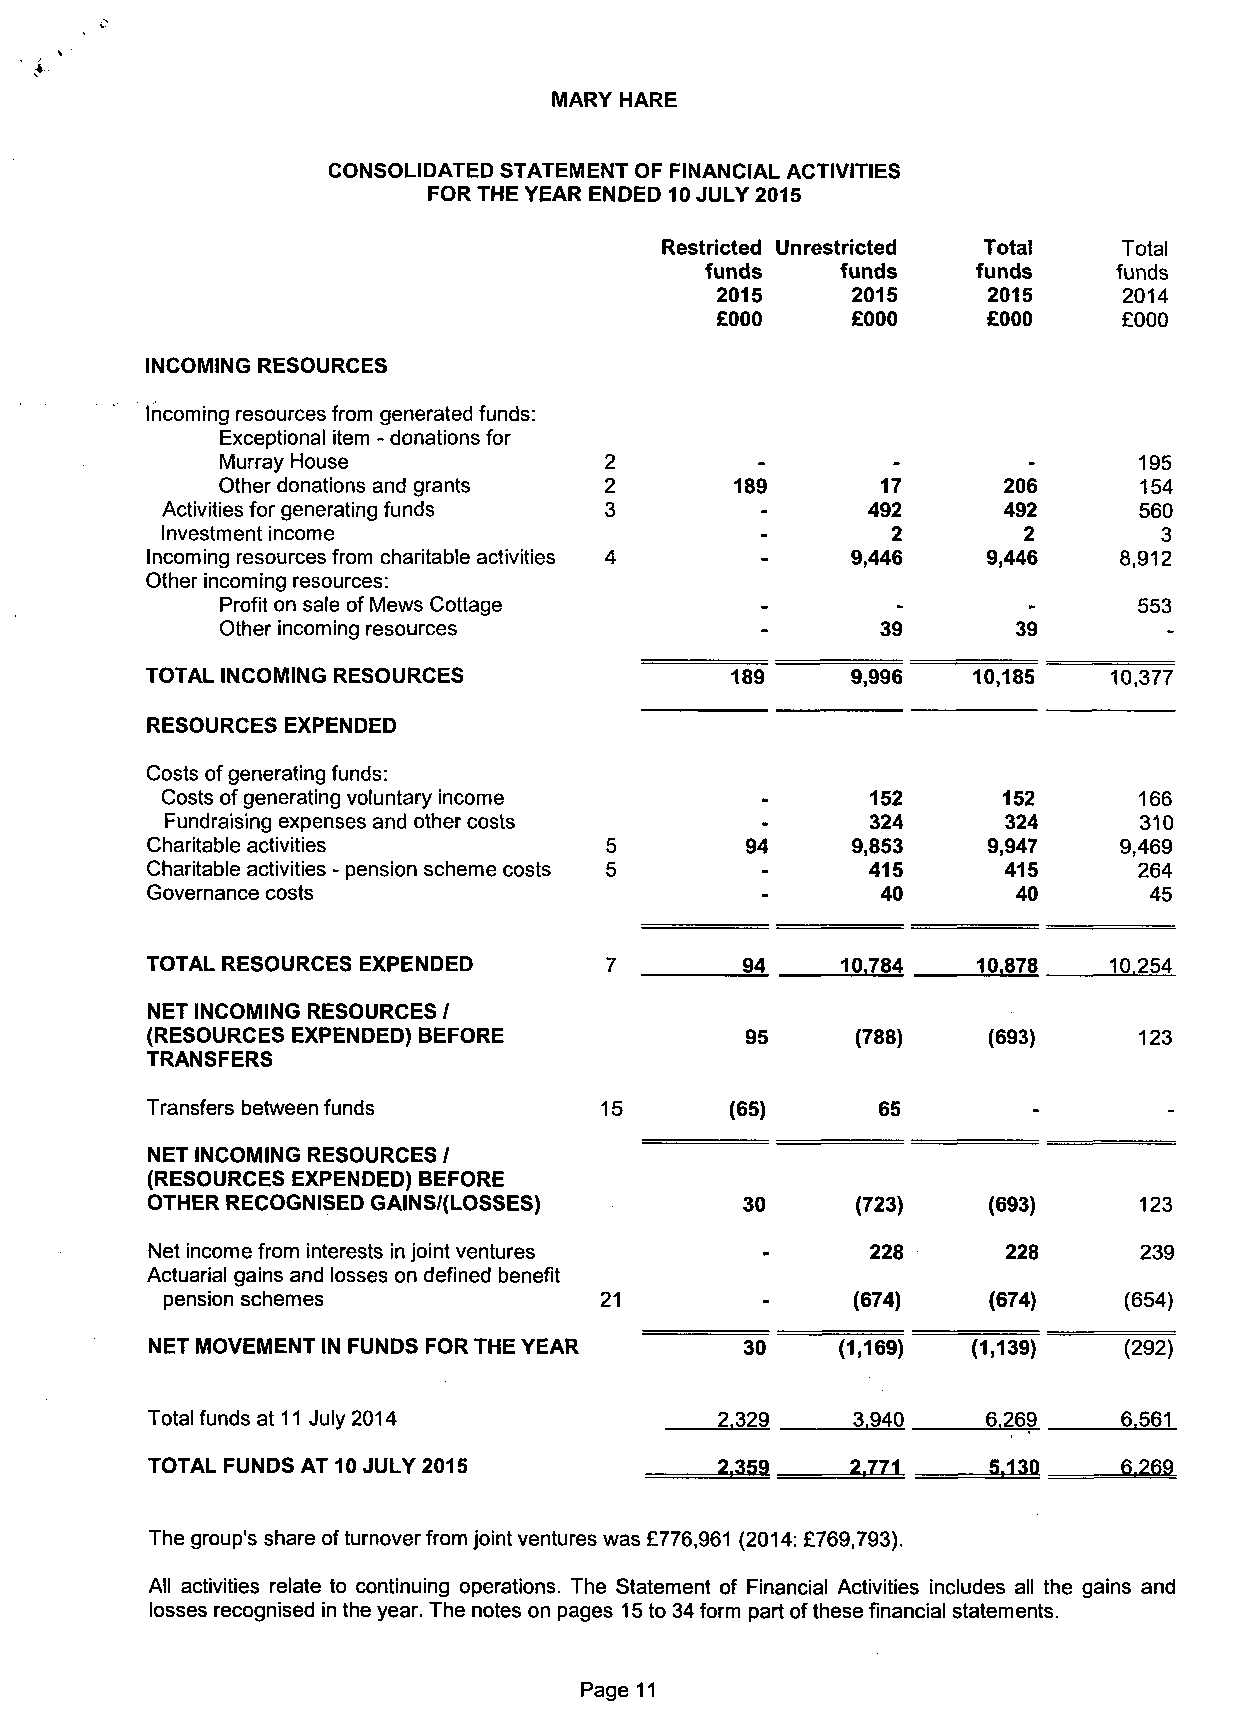
MARY HARE
 CONSOLIDATED STATEMENT OF FINANCIAL ACTIVITIES
 FOR THE YEAR ENDED 10 JULY 2015
 Restricted Unrestricted Total Total
 funds    funds    funds    funds
 2015     2015      2015    2014
 £000      £000     £000     £000
 INCOMING RESOURCES
 Incoming resources from generated funds:
 Exceptional item - donations for
 Murray House             2         -        -        -      195
 Other donations and grants 2       189      17      206      154
 Activities for generating funds 3      -      492      492      560
 Investment income                      -        2        2        3
 Incoming resources from charitable activities 4 - 9,446 9,446   8,912
 Other incoming resources:
 Profit on sale of Mews Cottage     -        -        -      553
 Other incoming resources           -       39       39        -
 TOTAL INCOMING RESOURCES              189     9,996   10,185   10,377
 RESOURCES EXPENDED
 Costs of generating funds:
 Costs of generating voluntary income   -       152     152      166
 Fundraising expenses and other costs   -       324      324     310
 Charitable activities         5        94     9,853    9,947    9,469
 Charitable activities - pension scheme costs 5 - 415    415      264
 Governance costs                        -       40       40       45
 TOTAL RESOURCES EXPENDED      7        94     10.784   10.878  10.254
 NET INCOMING RESOURCES /
 (RESOURCES EXPENDED) BEFORE            95      (788)   (693)     123
 TRANSFERS
 Transfers between funds       15      (65)      65        -        -
 NET INCOMING RESOURCES /
 (RESOURCES EXPENDED) BEFORE
 OTHER RECOGNISED GAINS/(LOSSES)        30      (723)   (693)     123
 Net income from interests in joint ventures     228      228     239
 Actuarial gains and losses on defined benefit
 pension schemes              21              (674)    (674)    (654)
 NET MOVEMENT IN FUNDS FOR THE YEAR     30     (1,169) (1,139)   (292)
 Total funds at 11 July 2014           2.329   3.940    6.269    6.561
 TOTAL FUNDS AT 10 JULY 2015           2,359   2,771    5,130    6.269
 The group's share of turnover from joint ventures was £776,961 (2014: £769,793).
 All activities relate to continuing operations. The Statement of Financial Activities includes all the gains and
 losses recognised in the year. The notes on pages 15 to 34 form part of these financial statements.
 Page 11